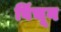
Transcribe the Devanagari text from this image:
विंचून